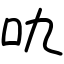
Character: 㕤